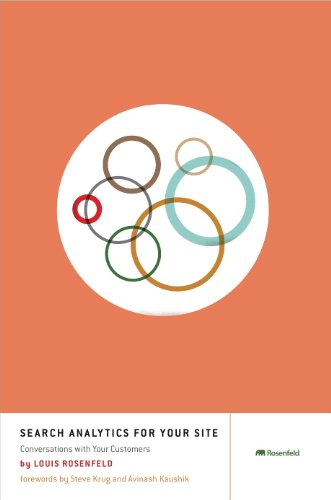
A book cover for Search Analytics for Your Site; Louis Rosenfeld; Computers & Technology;